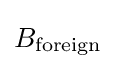
B_{\mathrm {foreign} }